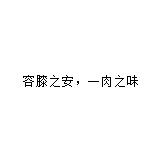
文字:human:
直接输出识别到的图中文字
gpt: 容膝之安，一肉之味